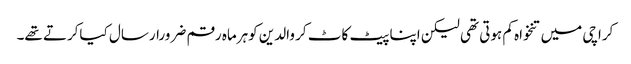
کراچی میں تنخواہ کم ہوتی تھی لیکن اپنا پیٹ کاٹ کر والدین کوہرماہ رقم ضرورارسال کیاکرتے تھے۔